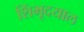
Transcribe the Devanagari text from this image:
शिंभूदयाल